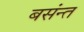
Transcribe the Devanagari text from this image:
बसंन्त